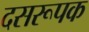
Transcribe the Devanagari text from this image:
दसरूपक